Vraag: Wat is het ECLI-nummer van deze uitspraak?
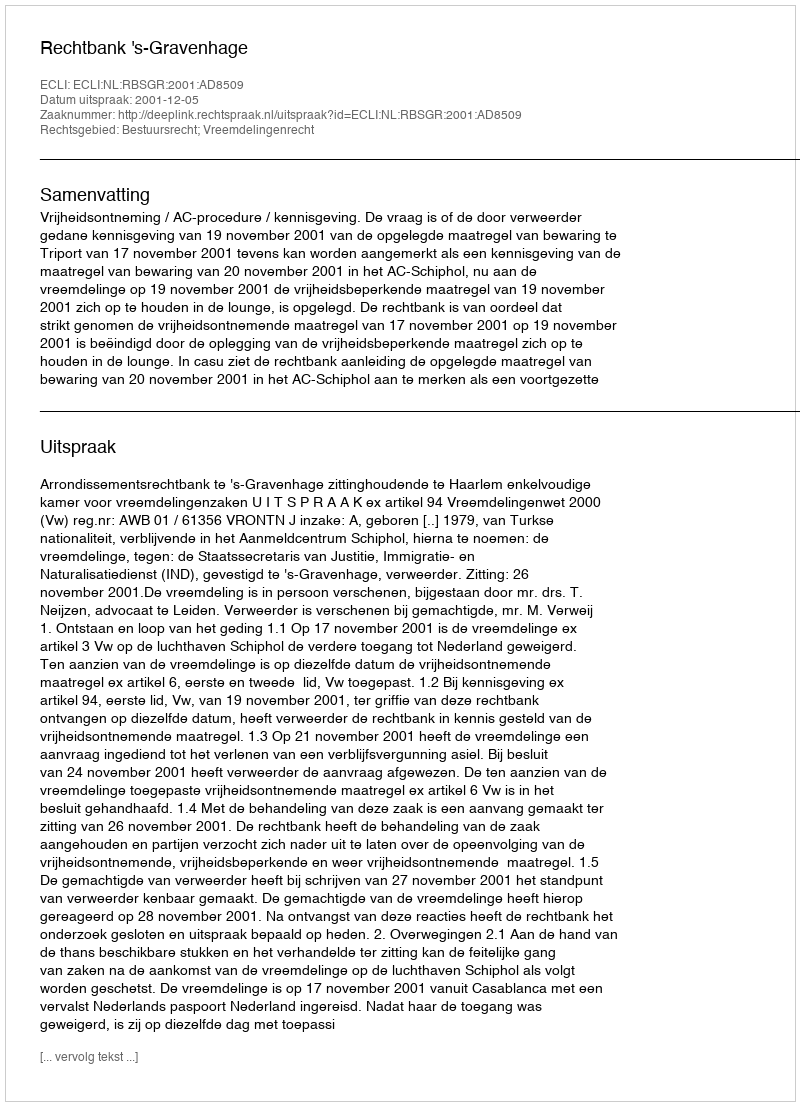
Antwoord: ECLI:NL:RBSGR:2001:AD8509